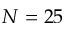
N = 2 5